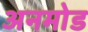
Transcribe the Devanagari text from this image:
अनमोड